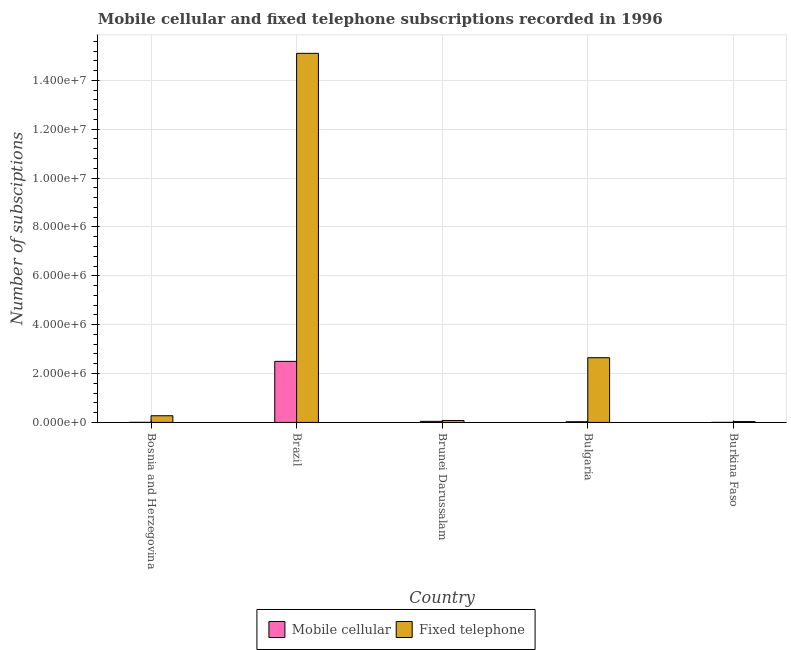
| Country | Mobile cellular | Fixed telephone |
 | --- | --- | --- |
 | Bosnia and Herzegovina | 1.5e+03 | 2.72e+05 |
 | Brazil | 2.5e+06 | 1.51e+07 |
 | Brunei Darussalam | 4.35e+04 | 7.88e+04 |
 | Bulgaria | 2.66e+04 | 2.65e+06 |
 | Burkina Faso | 525 | 3.41e+04 |